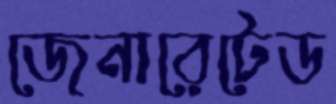
জেনারেটেড